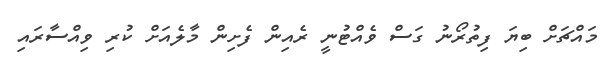
މައްޗަށް ބިޔަ ފިތުރޯނު ގަސް ވެއްޓުނީ ރެއިން ފެށިން މާލެއަށް ކުރި ވިއްސާރައި